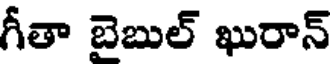
గీతా బైబుల్ ఖురాన్